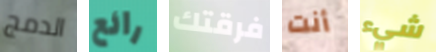
الدمج رائع فرقتك أنت شيء